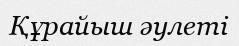
Құрайыш әулеті